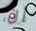
إن